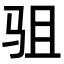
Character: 驵